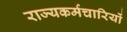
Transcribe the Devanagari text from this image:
राज्यकर्मचारियों